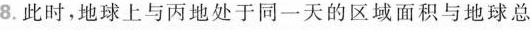
8.此时，地球上与丙地处于同一天的区域面积与地球总